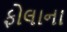
ફોલાના